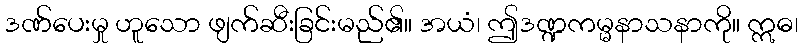
ဒဏ်ပေးမှု ဟူသော ဖျက်ဆီးခြင်းမည်၏။ အယံ၊ ဤဒဏ္ဍကမ္မနာသနာကို။ ဣဓ၊